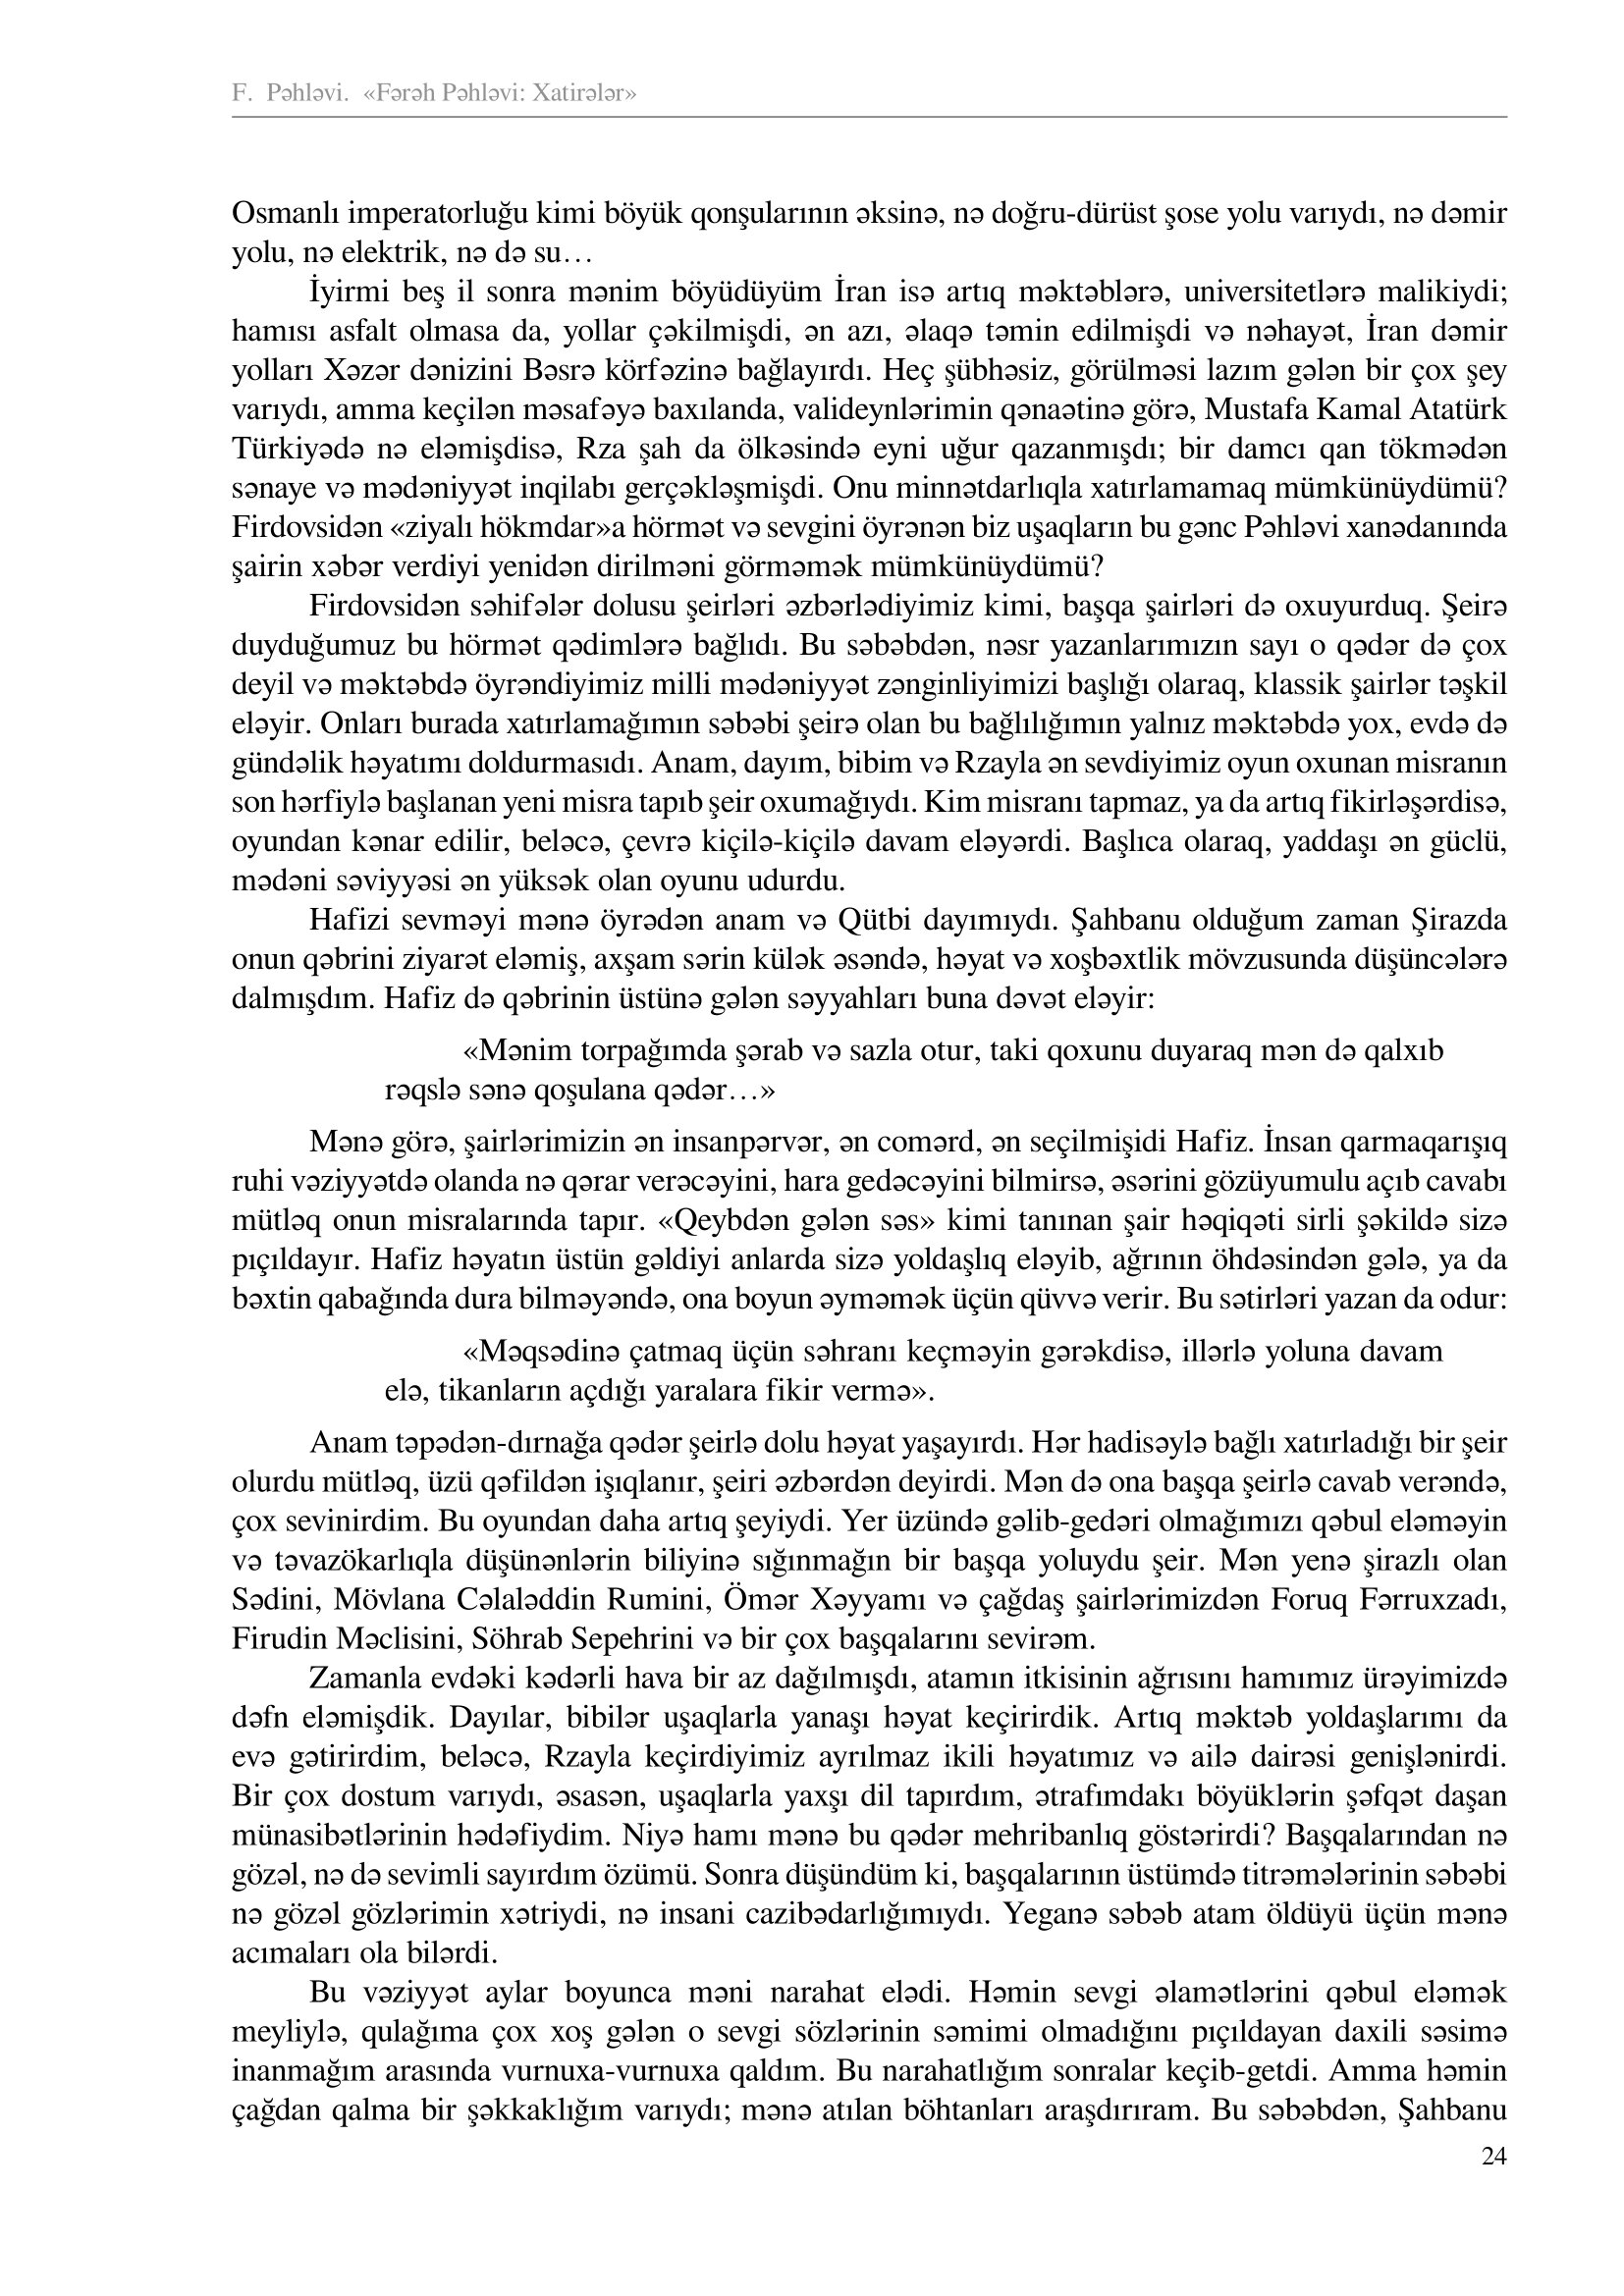
Language: az